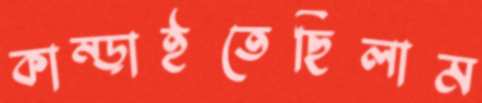
কাম্‌ড়াইতেছিলাম